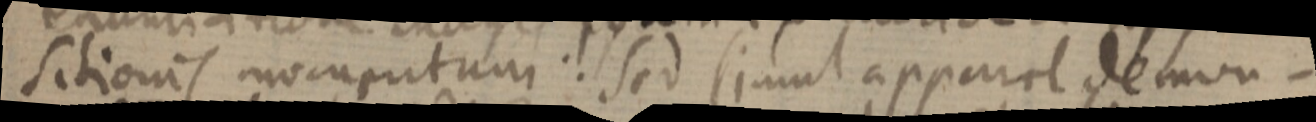
sitionis momputum: Sed simul apparet demon–